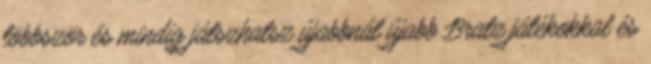
többször és mindig játszhatsz újabbnál újabb Bratz játékokkal és